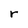
Character: r